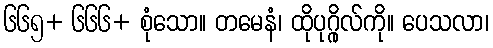
၆၆၅+ ၆၆၆+ စုံသော။ တမေနံ၊ ထိုပုဂ္ဂိုလ်ကို။ ပေသလာ၊